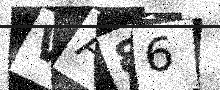
Text: VA86